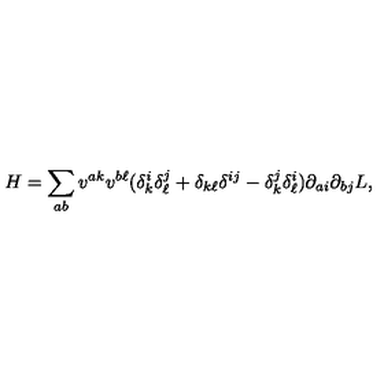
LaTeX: H = \sum _ { a b } v ^ { a k } v ^ { b \ell } ( \delta _ { k } ^ { i } \delta _ { \ell } ^ { j } + \delta _ { k \ell } \delta ^ { i j } - \delta _ { k } ^ { j } \delta _ { \ell } ^ { i } ) \partial _ { a i } \partial _ { b j } L ,